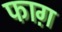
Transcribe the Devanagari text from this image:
फाग़